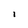
Character: 1